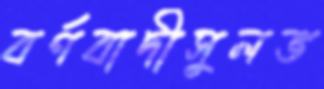
বর্ণবাদীসুলভ